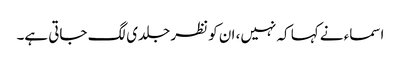
اسماء نے کہا کہ نہیں، ان کو نظر جلدی لگ جاتی ہے۔